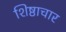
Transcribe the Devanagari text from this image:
शिष्ठाचार